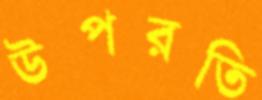
উপরতি